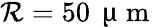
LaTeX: \mathcal{R}=50\, \mathrm{{~\textmu~m~}}